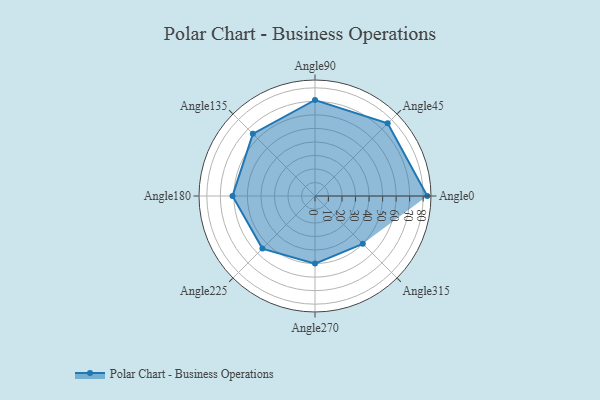
{"axis": {"x": "Angle", "y": "Radius"}, "legend": [""], "data": [{"x": "Angle0", "y": 83.0, "type": ""}, {"x": "Angle45", "y": 76.0, "type": ""}, {"x": "Angle90", "y": 71.0, "type": ""}, {"x": "Angle135", "y": 65.0, "type": ""}, {"x": "Angle180", "y": 61.0, "type": ""}, {"x": "Angle225", "y": 55.0, "type": ""}, {"x": "Angle270", "y": 50, "type": ""}, {"x": "Angle315", "y": 50, "type": ""}]}